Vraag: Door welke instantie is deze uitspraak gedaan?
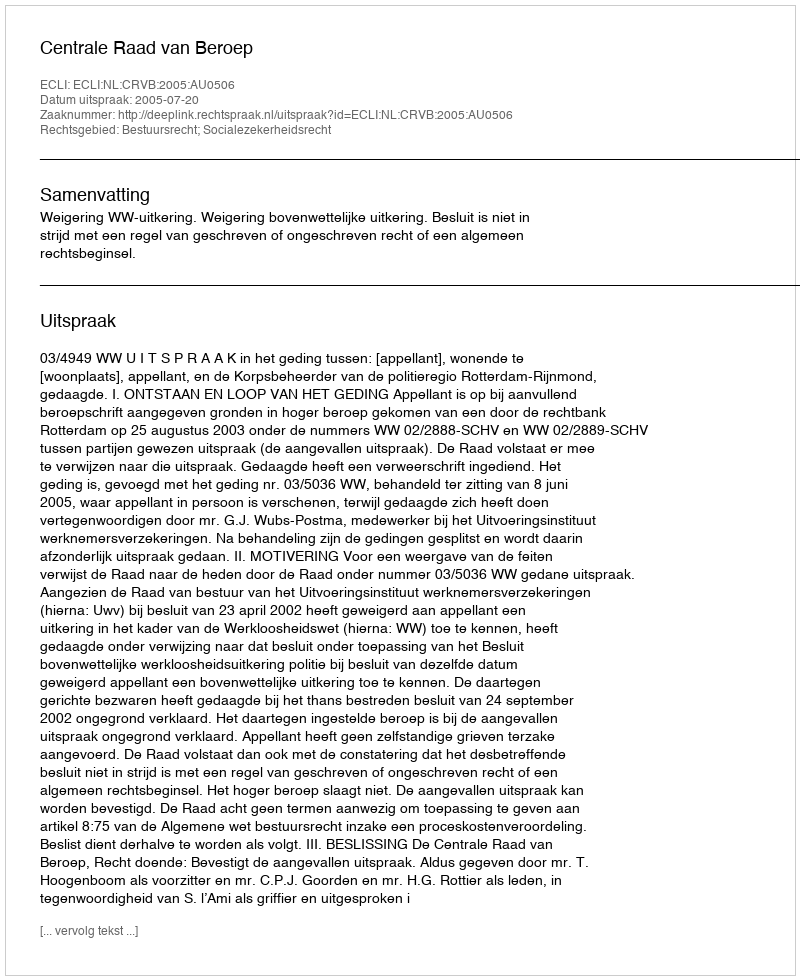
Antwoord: Centrale Raad van Beroep